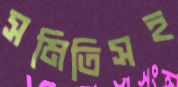
সমিতিসহ